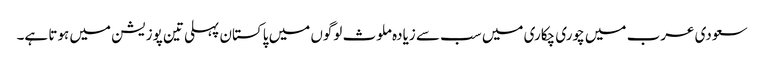
سعودی عرب میں چوری چکاری میں سب سے زیادہ ملوث لوگوں میں پاکستان پہلی تین پوزیشن میں ہوتا ہے۔